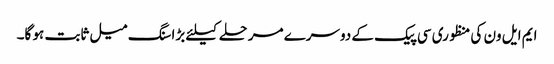
ایم ایل ون کی منظوری سی پیک کے دوسرے مرحلے کیلئے بڑا سنگ میل ثابت ہو گا۔